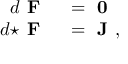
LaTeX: \begin{array} { r l } { d { \textbf { F } } } & { { } = { \textbf { 0 } } } \\ { d { \star { \textbf { F } } } } & { { } = { \textbf { J } } , } \end{array}